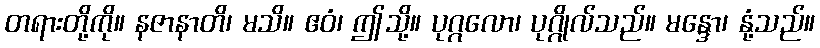
တရားတို့ကို။ နဇာနာတိ၊ မသိ။ ဧဝံ၊ ဤသို့။ ပုဂ္ဂလော၊ ပုဂ္ဂိုလ်သည်။ မန္ဒော၊ နုံ့သည်။